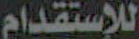
للاستقدام